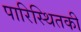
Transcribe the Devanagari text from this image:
पारिस्थितकी